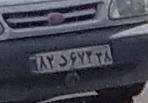
۸۲د۶۷۳۳۸